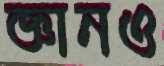
জ্ঞানও